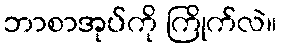
ဘာစာအုပ်ကို ကြိုက်လဲ။